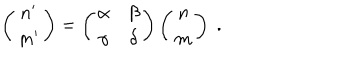
LaTeX: \left( \begin{array} { c } { { n ^ { \prime } } } \\ { { m ^ { \prime } } } \\ \end{array} \right) = \left( \begin{array} { c c } { { \alpha } } & { { \beta } } \\ { { \gamma } } & { { \delta } } \\ \end{array} \right) \left( \begin{array} { c } { { n } } \\ { { m } } \\ \end{array} \right) \; .